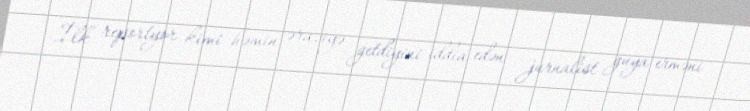
İlk reportyor kimi həmin əraziyə getdiyini iddia edən jurnalist guya erməni